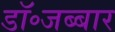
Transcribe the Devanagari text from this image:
डॉ॰जब्बार